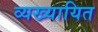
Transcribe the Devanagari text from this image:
व्यख्यायित